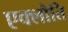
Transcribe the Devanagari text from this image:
एक्लौति